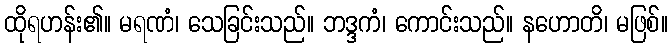
ထိုရဟန်း၏။ မရဏံ၊ သေခြင်းသည်။ ဘဒ္ဒကံ၊ ကောင်းသည်။ နဟောတိ၊ မဖြစ်။